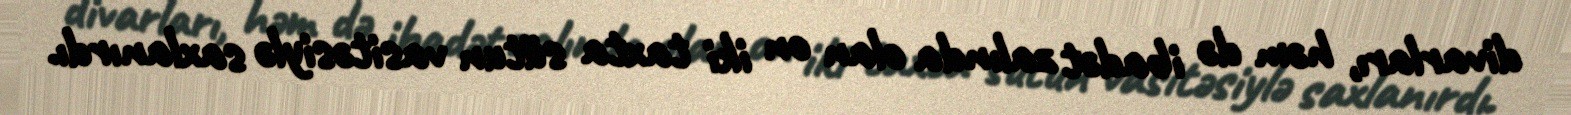
divarları, həm də ibadət zalında olan on iki taxta sütun vasitəsiylə saxlanırdı.